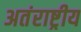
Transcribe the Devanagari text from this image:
अतंराष्ट्रीय